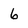
Character: 6